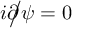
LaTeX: i \partial \! \! \! { \big / } \psi = 0